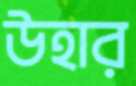
উহার